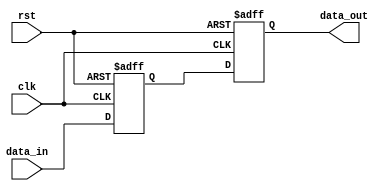
module buffer_delay (
  input wire clk, // clock signal
  input wire rst, // reset signal
  input wire [7:0] data_in, // input data
  output wire [7:0] data_out // output data
);

reg [7:0] buffer; // buffer to store input data
reg [7:0] delayed_data; // delayed data output

always @ (posedge clk or posedge rst) begin
  if (rst) begin
    buffer <= 8'b0; // reset buffer on reset signal
    delayed_data <= 8'b0; // reset delayed data
  end else begin
    buffer <= data_in;
    delayed_data <= buffer; // set delayed data to buffer value
  end
end

assign data_out = delayed_data; // assign delayed data to output

endmodule